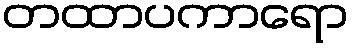
တထာပကာရော